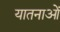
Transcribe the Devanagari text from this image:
यातनाआें